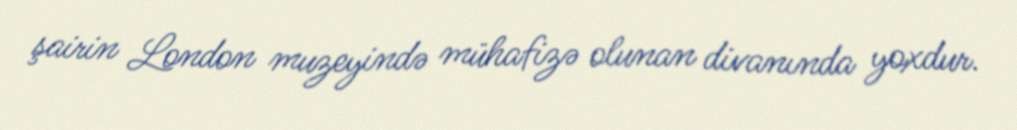
şairin London muzeyində mühafizə olunan divanında yoxdur.